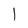
Character: l